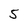
Character: 5